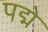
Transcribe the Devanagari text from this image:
पद्मे